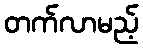
တက်လာမည့်